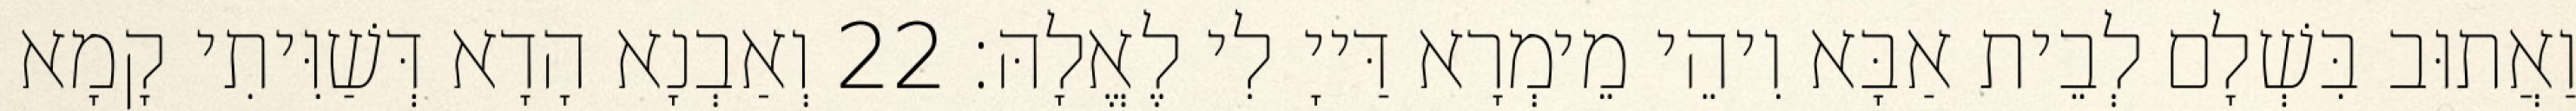
וַאֲתוּב בִּשְׁלָם לְבֵית אַבָּא וִיהֵי מֵימְרָא דַּייָ לִי לֶאֱלָהּ׃ 22 וְאַבְנָא הָדָא דְּשַׁוִּיתִי קָמָא